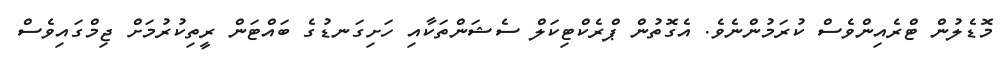
މޮޑެލުން ޓްރެއިންވެސް ކުރަމުންނެވެ. އެގޮތުން ޕްރެކްޓިކަލް ސެޝަންތަކާއި ހަށިގަނޑުގެ ބައްޓަން ރީތިކުރުމަށް ޖިމްގައިވެސް